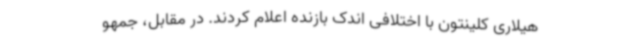
هیلاری کلینتون با اختلافی اندک بازنده اعلام کردند. در مقابل، جمهو